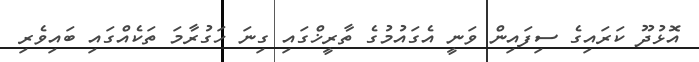
އޮޅުދޫ ކަރައިގެ ސިފައިން ވަނީ އެގައުމުގެ ތާރީޚްގައި ގިނަ ހަގުރާމަ ތަކެއްގައި ބައިވެރި